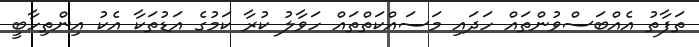
ތަފާތު އެއްބަސްވުންތައް ހަދައި މަސައްކަތްތައް ހަވާލު ކުރާ ކަމުގެ އަޑުތަކާ އެކު އިންތިހާބީ